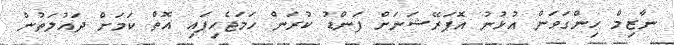
ނާޒިމް ހިންގަވަން އުޅުނު އޮޕަރޭޝަނަށް ފަންޑު ކުރަން ހަމަޖެހިފައި އޮތް ކަމަށް ދައުލަތުން